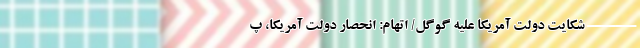
------- شکایت دولت آمریکا علیه گوگل/ اتهام: انحصار دولت آمریکا، پ